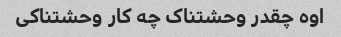
اوه چقدر وحشتناک چه کار وحشتناکی